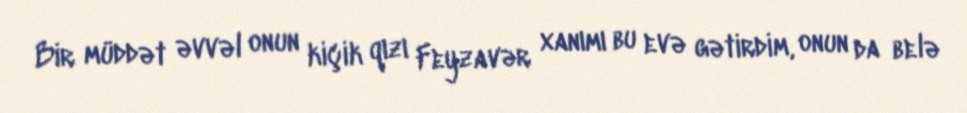
Bir müddət əvvəl onun kiçik qızı Feyzavər xanımı bu evə gətirdim, onun da belə